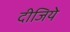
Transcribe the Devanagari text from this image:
दीजिये